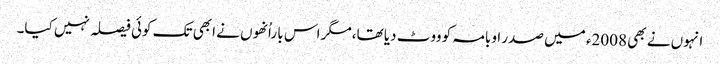
انہوں نے بھی 2008ء میں صدر اوبامہ کو ووٹ دیا تھا،مگر اس با راُنھوں نے ابھی تک کوئی فیصلہ نہیں کیا۔